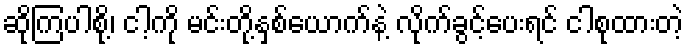
ဆိုကြပါစို့၊ ငါ့ကို မင်းတို့နှစ်ယောက်နဲ့ လိုက်ခွင့်ပေးရင် ငါစုထားတဲ့